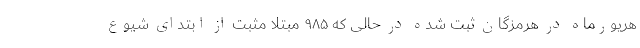
هریورماه در هرمزگان ثبت شده در حالی که ۹۸۵ مبتلا مثبت از ابتدای شیوع